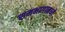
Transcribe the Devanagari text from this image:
समभागामध्ये